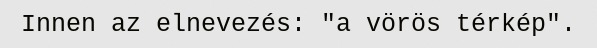
Innen az elnevezés: "a vörös térkép".